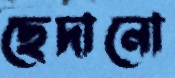
ছেদানো